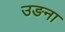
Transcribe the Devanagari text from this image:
उङना